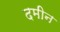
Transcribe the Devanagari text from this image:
दमीन